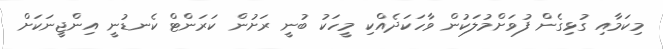
މިކަމާއި ގުޅިގެން ފުވަށްމުލަކުން ވާހަކަދެއްކި މީހަކު ބުނީ ރަށުން ކަރަންޓް ކެނޑުނީ އިންޖީނަކަށް